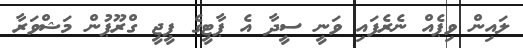
ލައިން ވިޕެއް ނެރެފައި ވަނީ ސީދާ އެ ޕާޓީގެ ޕީޖީ ގްރޫޕުން މަޝްވަރާ